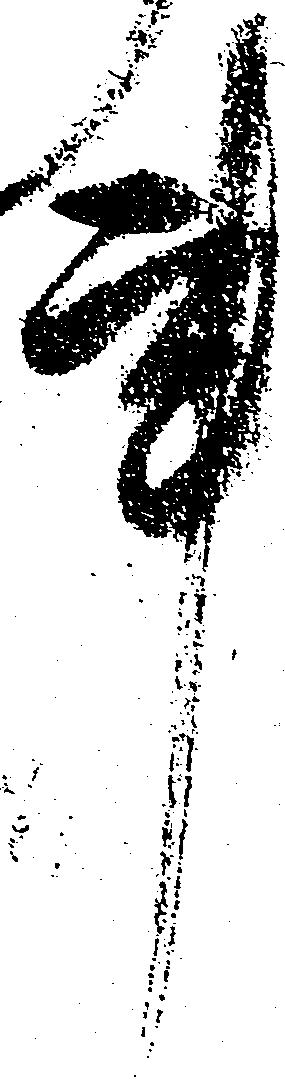
事